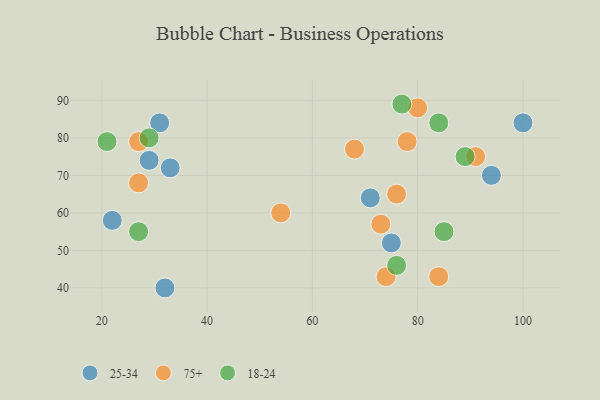
{"axis": {"x": "GDP", "y": "Life Expectancy"}, "legend": ["18-24", "25-34", "75+"], "data": [{"x": "33", "y": 72, "type": "25-34"}, {"x": "22", "y": 58, "type": "25-34"}, {"x": "31", "y": 84, "type": "25-34"}, {"x": "75", "y": 52, "type": "25-34"}, {"x": "94", "y": 70, "type": "25-34"}, {"x": "32", "y": 40, "type": "25-34"}, {"x": "100", "y": 84, "type": "25-34"}, {"x": "29", "y": 74, "type": "25-34"}, {"x": "71", "y": 64, "type": "25-34"}, {"x": "74", "y": 43, "type": "75+"}, {"x": "80", "y": 88, "type": "75+"}, {"x": "78", "y": 79, "type": "75+"}, {"x": "54", "y": 60, "type": "75+"}, {"x": "27", "y": 68, "type": "75+"}, {"x": "68", "y": 77, "type": "75+"}, {"x": "27", "y": 79, "type": "75+"}, {"x": "76", "y": 65, "type": "75+"}, {"x": "91", "y": 75, "type": "75+"}, {"x": "84", "y": 43, "type": "75+"}, {"x": "73", "y": 57, "type": "75+"}, {"x": "27", "y": 55, "type": "18-24"}, {"x": "77", "y": 89, "type": "18-24"}, {"x": "21", "y": 79, "type": "18-24"}, {"x": "85", "y": 55, "type": "18-24"}, {"x": "89", "y": 75, "type": "18-24"}, {"x": "76", "y": 46, "type": "18-24"}, {"x": "84", "y": 84, "type": "18-24"}, {"x": "29", "y": 80, "type": "18-24"}]}